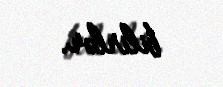
bilirlər.